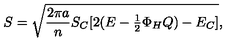
S = \sqrt { { \frac { 2 \pi a } { n } } S _ { C } [ 2 ( E - \textstyle { \frac { 1 } { 2 } } \Phi _ { H } Q ) - E _ { C } ] } ,